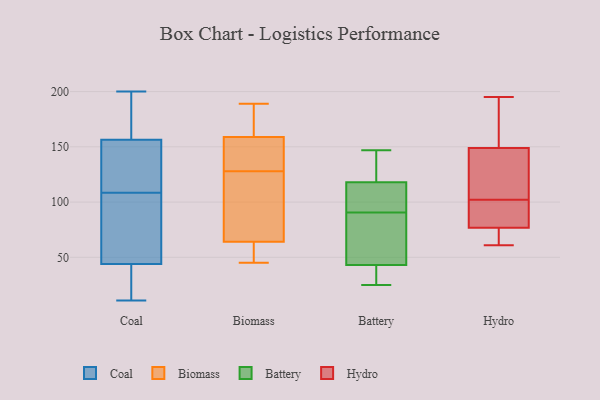
{"axis": {"x": "Page Views", "y": "Value"}, "legend": ["Battery", "Biomass", "Coal", "Hydro"], "data": [{"x": "", "y": 40, "type": "Coal"}, {"x": "", "y": 38, "type": "Coal"}, {"x": "", "y": 174, "type": "Coal"}, {"x": "", "y": 63, "type": "Coal"}, {"x": "", "y": 11, "type": "Coal"}, {"x": "", "y": 200, "type": "Coal"}, {"x": "", "y": 150, "type": "Coal"}, {"x": "", "y": 48, "type": "Coal"}, {"x": "", "y": 168, "type": "Coal"}, {"x": "", "y": 115, "type": "Coal"}, {"x": "", "y": 118, "type": "Coal"}, {"x": "", "y": 33, "type": "Coal"}, {"x": "", "y": 163, "type": "Coal"}, {"x": "", "y": 104, "type": "Coal"}, {"x": "", "y": 113, "type": "Coal"}, {"x": "", "y": 95, "type": "Coal"}, {"x": "", "y": 189, "type": "Biomass"}, {"x": "", "y": 45, "type": "Biomass"}, {"x": "", "y": 159, "type": "Biomass"}, {"x": "", "y": 154, "type": "Biomass"}, {"x": "", "y": 179, "type": "Biomass"}, {"x": "", "y": 130, "type": "Biomass"}, {"x": "", "y": 64, "type": "Biomass"}, {"x": "", "y": 126, "type": "Biomass"}, {"x": "", "y": 75, "type": "Biomass"}, {"x": "", "y": 52, "type": "Biomass"}, {"x": "", "y": 77, "type": "Battery"}, {"x": "", "y": 76, "type": "Battery"}, {"x": "", "y": 126, "type": "Battery"}, {"x": "", "y": 118, "type": "Battery"}, {"x": "", "y": 43, "type": "Battery"}, {"x": "", "y": 147, "type": "Battery"}, {"x": "", "y": 25, "type": "Battery"}, {"x": "", "y": 104, "type": "Battery"}, {"x": "", "y": 29, "type": "Battery"}, {"x": "", "y": 113, "type": "Battery"}, {"x": "", "y": 150, "type": "Hydro"}, {"x": "", "y": 150, "type": "Hydro"}, {"x": "", "y": 98, "type": "Hydro"}, {"x": "", "y": 102, "type": "Hydro"}, {"x": "", "y": 146, "type": "Hydro"}, {"x": "", "y": 195, "type": "Hydro"}, {"x": "", "y": 73, "type": "Hydro"}, {"x": "", "y": 134, "type": "Hydro"}, {"x": "", "y": 67, "type": "Hydro"}, {"x": "", "y": 88, "type": "Hydro"}, {"x": "", "y": 61, "type": "Hydro"}]}